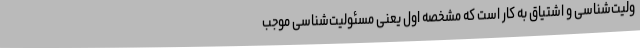
ولیت‌شناسی و اشتیاق به کار است که مشخصه اول یعنی مسئولیت‌شناسی موجب